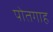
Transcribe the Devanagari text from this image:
पोतगाह